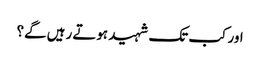
اور کب تک شہید ہوتے رہیں گے؟